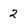
Character: 2